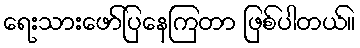
ရေးသားဖော်ပြနေကြတာ ဖြစ်ပါတယ်။